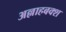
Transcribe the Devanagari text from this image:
अल्लाहबक्श